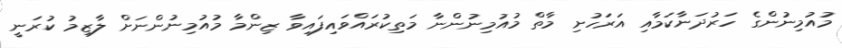
މުއުމިނުންގެ ހަރުދަނާކަމާއި އަރަހުށި މާތް މުއުމިނުންނާ މަތިކުރައްވައިފައިވާ ޒިންމާ މުއުމިނުންނަށް ލާޒިމު ކުރަނީ